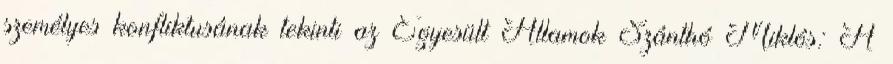
személyes konfliktusának tekinti az Egyesült Államok Szánthó Miklós: A